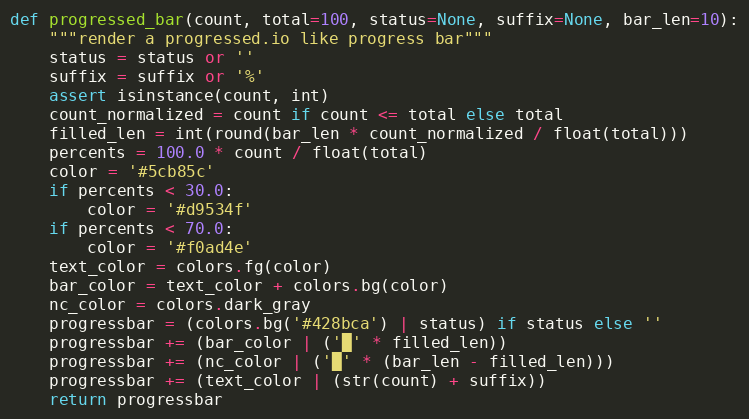
Language: Python
def progressed_bar(count, total=100, status=None, suffix=None, bar_len=10):
    """render a progressed.io like progress bar"""
    status = status or ''
    suffix = suffix or '%'
    assert isinstance(count, int)
    count_normalized = count if count <= total else total
    filled_len = int(round(bar_len * count_normalized / float(total)))
    percents = 100.0 * count / float(total)
    color = '#5cb85c'
    if percents < 30.0:
        color = '#d9534f'
    if percents < 70.0:
        color = '#f0ad4e'
    text_color = colors.fg(color)
    bar_color = text_color + colors.bg(color)
    nc_color = colors.dark_gray
    progressbar = (colors.bg('#428bca') | status) if status else ''
    progressbar += (bar_color | ('█' * filled_len))
    progressbar += (nc_color | ('█' * (bar_len - filled_len)))
    progressbar += (text_color | (str(count) + suffix))
    return progressbar